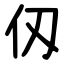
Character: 仭